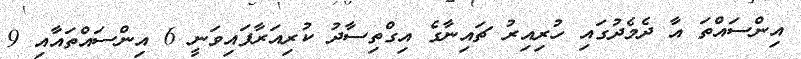
އިންސައްތަ އާ ދެމެދުގައި ހުރިއިރު ޗައިނާގެ އިގްތިސާދު ކުރިއަރާފައިވަނީ 6 އިންސައްތައާއި 9